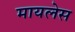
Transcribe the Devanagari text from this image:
मायलेस